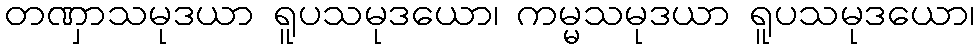
တဏှာသမုဒယာ ရူပသမုဒယော၊ ကမ္မသမုဒယာ ရူပသမုဒယော၊